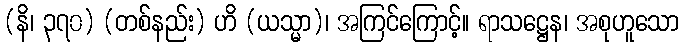
(နိ၊ ၃၇၀) (တစ်နည်း) ဟိ (ယသ္မာ)၊ အကြင်ကြောင့်။ ရာသဋ္ဌေန၊ အစုဟူသော